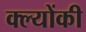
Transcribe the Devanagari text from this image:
क्ल्योंकी